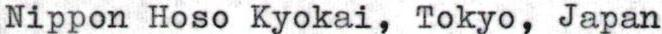
Nippon Hoso Kyokai, Tokyo, Japan